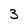
Character: 3